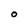
Character: O